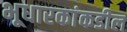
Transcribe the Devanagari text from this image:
भूधारकांकडील